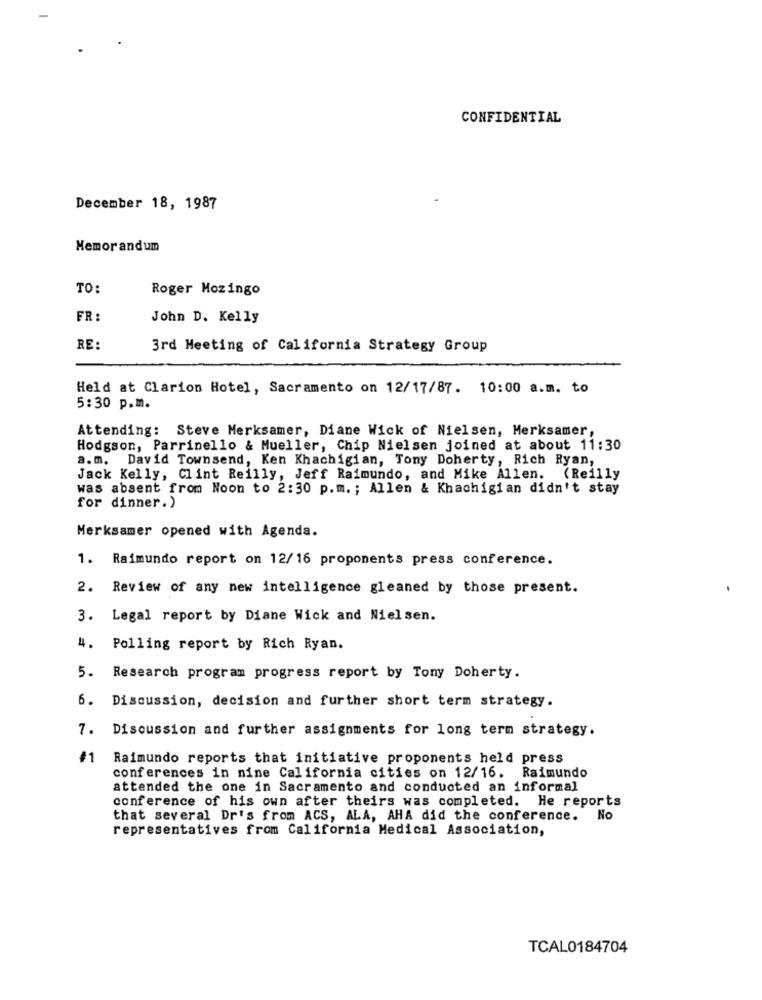
CONFIDENTIAL
December 18, 1987
Memorandum
TO:
Roger Mozingo
FR :
John D. Kelly
RE:
3rd Meeting of California Strategy Group
Held at Clarion Hotel, Sacramento on 12/17/87. 10:00 a.m. to
5:30 p.m.
Attending: Steve Merksamer, Diane Wick of Nielsen, Merksamer,
Hodgson, Parrinello & Mueller, Chip Nielsen joined at about 11:30
a.m. David Townsend, Ken Khachigian, Tony Doherty, Rich Ryan,
Jack Kelly, Clint Reilly, Jeff Raimundo, and Mike Allen.
(Reilly
was absent from Noon to 2:30 p.m. ; Allen & Khachigian didn't stay
for dinner.)
Merksamer opened with Agenda.
1. Raimundo report on 12/16 proponents press conference.
2. Review of any new intelligence gleaned by those present.
3. Legal report by Diane Wick and Nielsen.
4.
Polling report by Rich Ryan.
5.
Research program progress report by Tony Doherty.
6. Discussion, decision and further short term strategy.
7. Discussion and further assignments for long term strategy.
#1
Raimundo reports that initiative proponents held press
conferences in nine California cities on 12/16. Raimundo
attended the one in Sacramento and conducted an informal
conference of his own after theirs was completed. He reports
that several Dr's from ACS, ALA, AHA did the conference. No
representatives from California Medical Association,
TCAL0184704